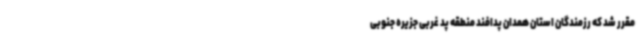
مقرر شد که رزمندگان استان همدان پدافند منطقه پد غربی جزیره جنوبی